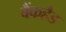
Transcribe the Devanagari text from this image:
बैंकहैड